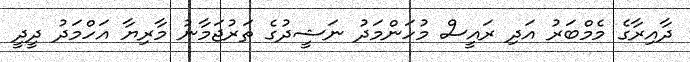
ދާއިރާގެ މެމްބަރު އަދި ރައީސް މުހަންމަދު ނަޝީދުގެ ތަރުޖަމާނު މާރިޔާ އަހްމަދު ދީދީ